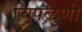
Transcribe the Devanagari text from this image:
चिपळुणी